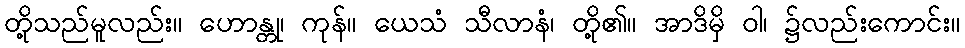
တို့သည်မူလည်း။ ဟောန္တု၊ ကုန်။ ယေသံ သီလာနံ၊ တို့၏။ အာဒိမှိ ဝါ၊ ၌လည်းကောင်း။